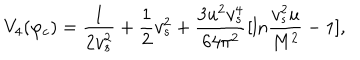
V _ { 4 } ( \varphi _ { c } ) = \frac { 1 } { 2 v _ { s } ^ { 2 } } + \frac { 1 } { 2 } v _ { s } ^ { 2 } + \frac { 3 u ^ { 2 } v _ { s } ^ { 4 } } { 6 4 \pi ^ { 2 } } [ \mathrm { l n } \frac { v _ { s } ^ { 2 } u } { M ^ { 2 } } - 1 ] ,